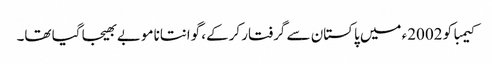
کیمبا کو 2002ء میں پاکستان سے گرفتار کرکے، گوانتانامو بے بھیجا گیا تھا۔